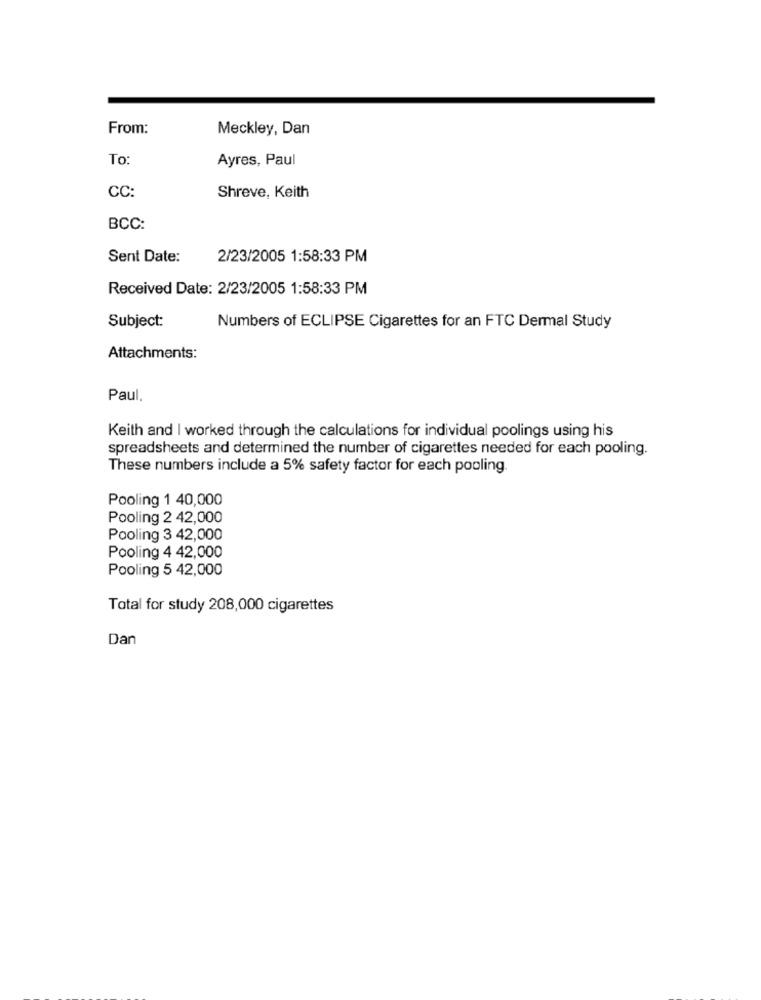
From:
Meckley, Dan
To
Ayres, Paul
CC:
Shreve, Keith
BCC:
Sent Date:
2/23/2005 1:58:33 PM
Received Date: 2/23/2005 1:58:33 PM
Subject:
Numbers of ECLIPSE Cigarettes for an FTC Dermal Study
Attachments:
Paul.
Keith and I worked through the calculations for individual poolings using his
spreadsheets and determined the number of cigarettes needed for each pooling.
These numbers include a 5% safety factor for each pooling
Pooling 1 40,000
Pooling 2 42,000
Pooling 3 42,000
Pooling 4 42,000
Pooling 5 42,000
Total for study 208,000 cigarettes
Dan